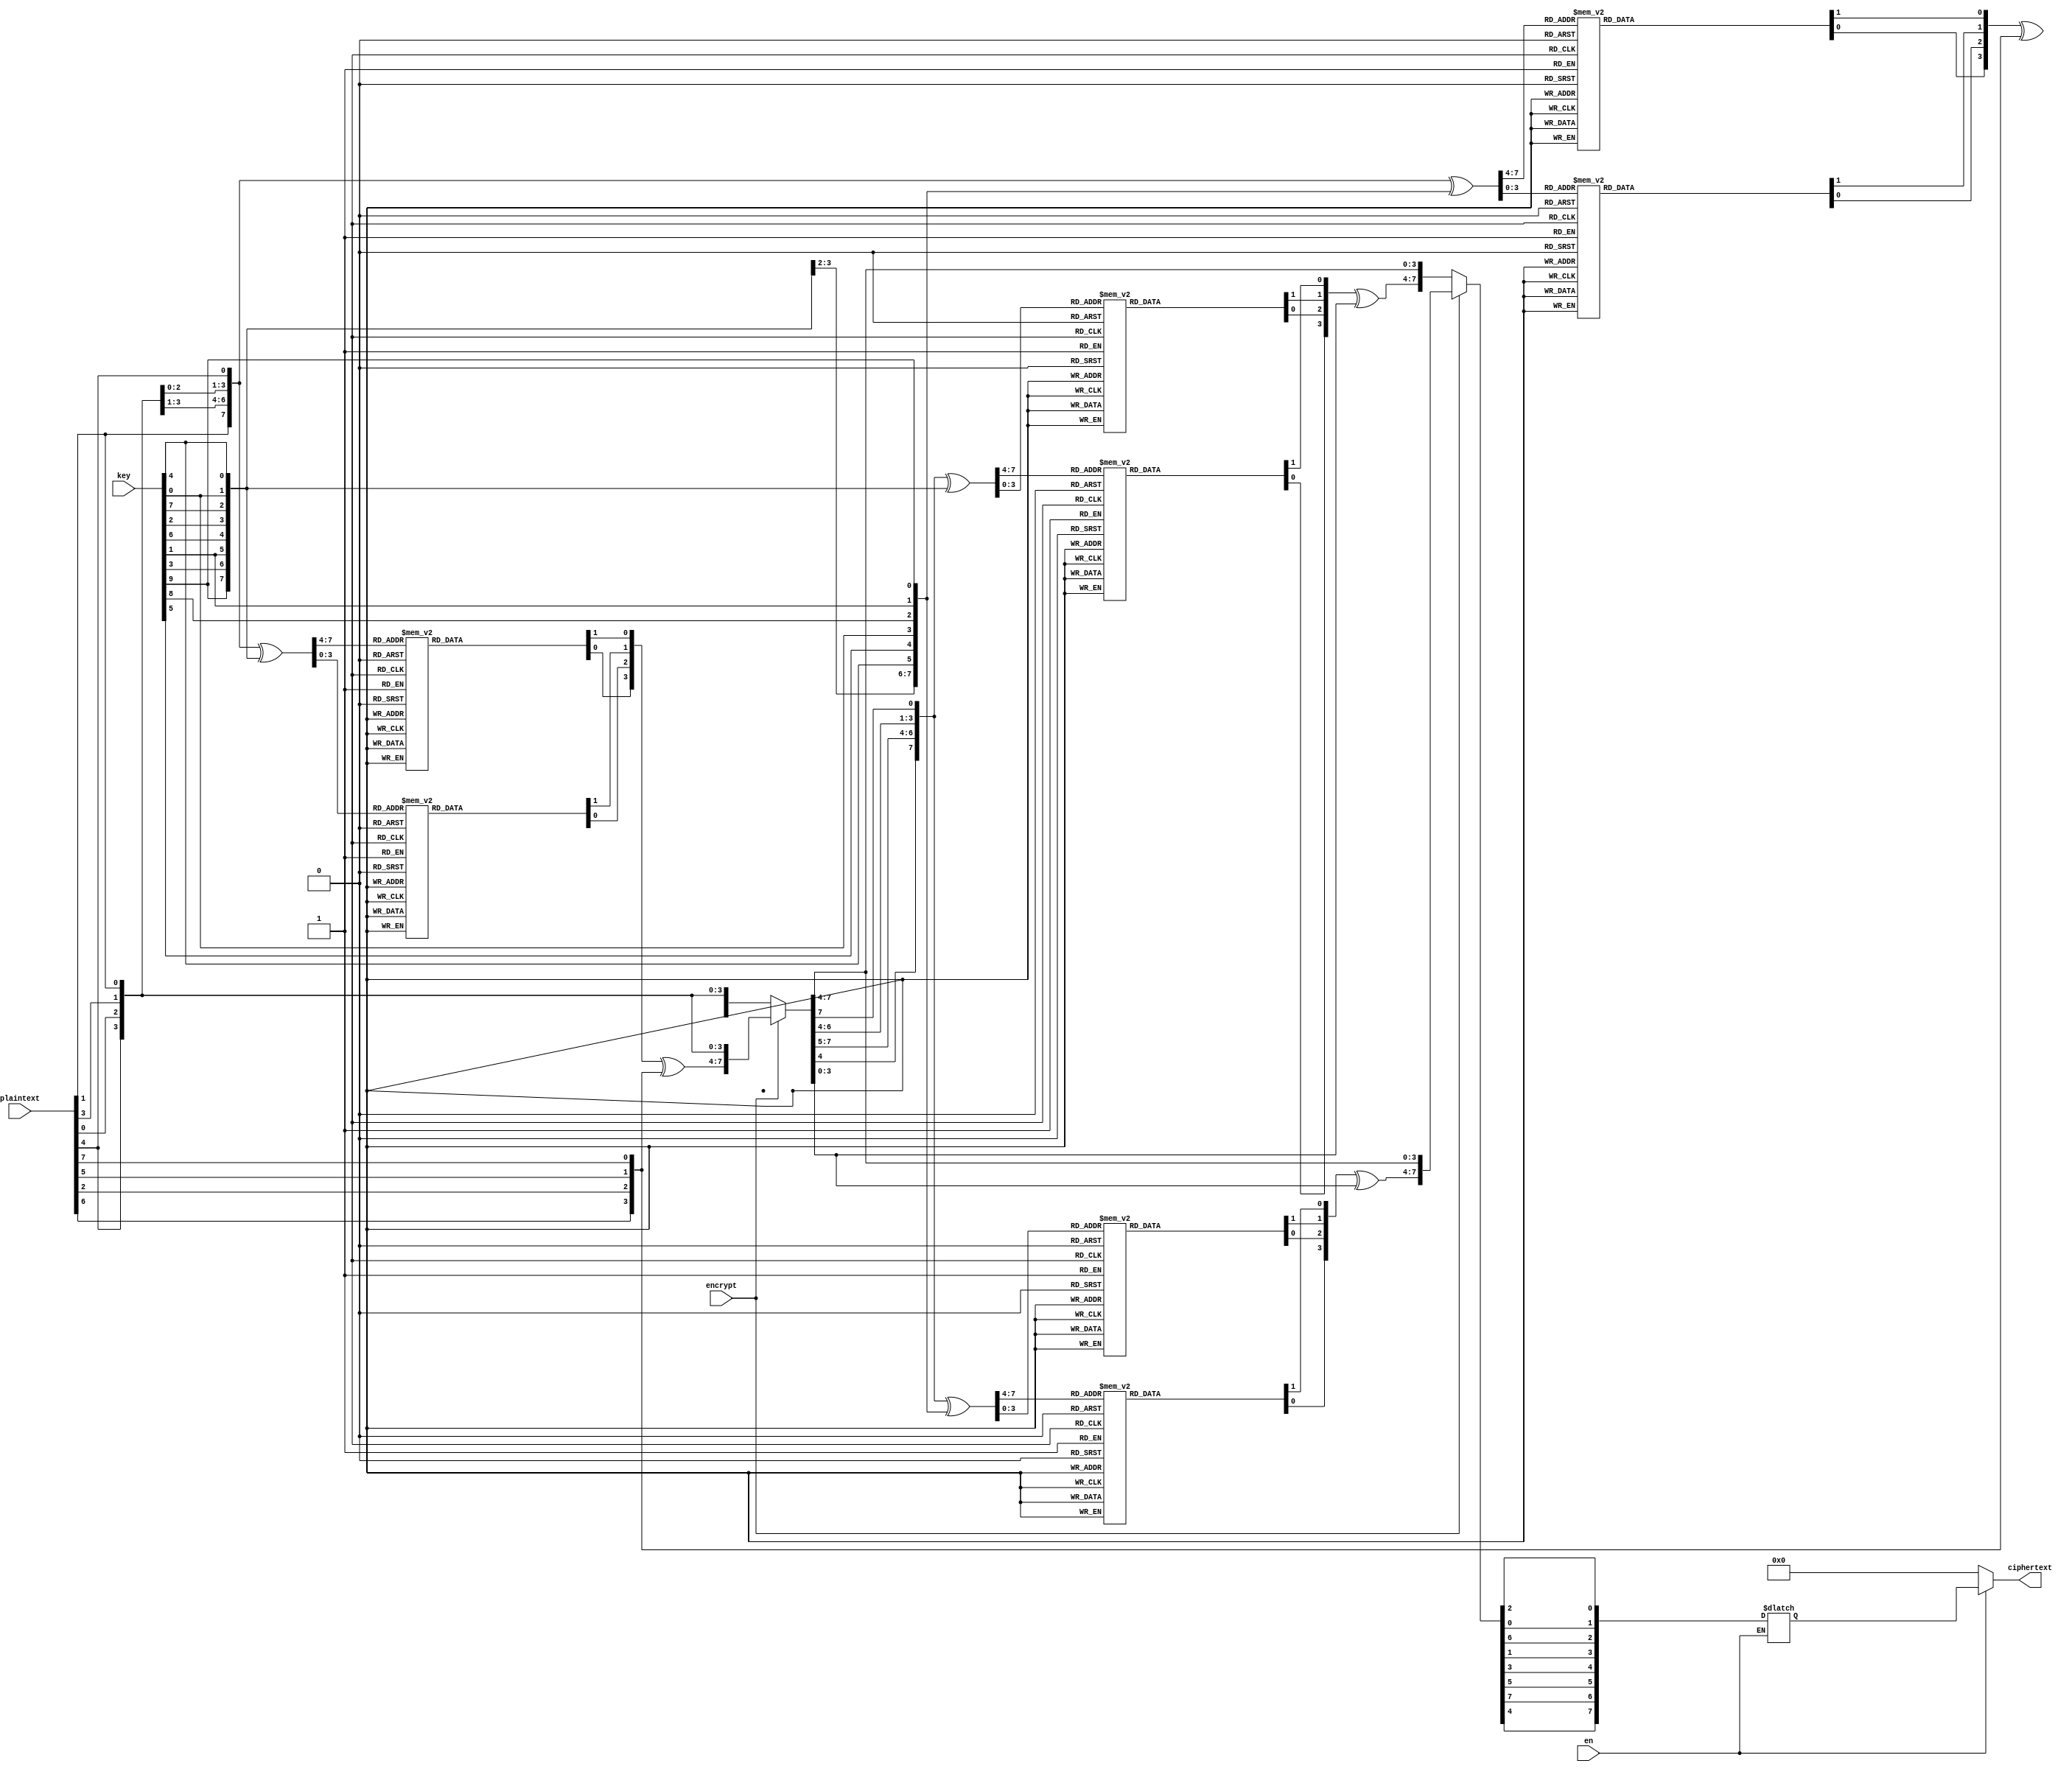
/*
	Simplified Data Encryption Standard (S-DES)
	8-bit 2-round block cipher encryption and decryption algorithm using 10-bit key.
*/


module SDES(input en, input[0:9] key, input[0:7] plaintext, input encrypt, output[0:7] ciphertext);
	reg[0:7] tempB, tempD, IP_out, sw_out, iip_out, feistel_out;
	
	assign ciphertext = (en)?(iip_out):(8'b0);
	
	// Generate Key1 and Key2
	task GenerateKeys;
		input[0:9] Key;
		output[0:7] Key1, Key2;
		
		reg[0:9] p10_out, tempA, tempC;

		begin
			// P10 Permutations
			p10_out = {Key[2], Key[4], Key[1], Key[6], Key[3], Key[9], Key[0], Key[8], Key[7], Key[5]};
		
			// Left Rotation by 1 bit
			tempA = {p10_out[1:4], p10_out[0], p10_out[6:9], p10_out[5]};
		
			// P8 Permutations
			Key1  = {tempA[5], tempA[2], tempA[6], tempA[3], tempA[7], tempA[4], tempA[9], tempA[8]};
		
			// Left Rotation by 3 bits
			tempC = {p10_out[3:4], p10_out[0:2], p10_out[8:9], p10_out[5:7]};
		
			// P8 Permutations
			Key2 = {tempC[5], tempC[2], tempC[6], tempC[3], tempC[7], tempC[4], tempC[9], tempC[8]};
		end
		
	endtask
	
	// Feistel Function
	task Feistel;
	input[0:7] inp_block, key;
	output[0:7] out_block;
	
	reg[0:3] first_chunk, second_chunk, xor_fout, xor_f1, xor_f2, p4_in, p4_out;
	reg[0:7] EP_out, xor_out;
	reg[0:1] s0_out, s1_out;
	
	begin
		first_chunk  = inp_block[0:3];
		second_chunk = inp_block[4:7];
		
		EP_out = {second_chunk[3], second_chunk[0], second_chunk[1], second_chunk[2], second_chunk[1], second_chunk[2], second_chunk[3], second_chunk[0]};
		
		xor_out = EP_out ^ key;
	
		xor_f1 = xor_out[0:3];
		xor_f2 = xor_out[4:7];
		
		S0_Box(xor_f1, s0_out);
		S1_Box(xor_f2, s1_out);
		
		p4_in = {s0_out, s1_out};

		p4_out = {p4_in[1],p4_in[3],p4_in[2],p4_in[0]};
			
		xor_fout = p4_out ^ first_chunk;
		
		out_block = {xor_fout, second_chunk};
	end
	
	endtask
	
	// S0 Box
	task S0_Box;
	input[0:3] inp_bits;
	output[0:1] out_bits;
	
	begin
		case(inp_bits)
			4'b0000: out_bits = 2'b01;
			4'b0001: out_bits = 2'b11;
			4'b0010: out_bits = 2'b00;
			4'b0011: out_bits = 2'b10;
			4'b0100: out_bits = 2'b11;
			4'b0101: out_bits = 2'b01;
			4'b0110: out_bits = 2'b10;
			4'b0111: out_bits = 2'b00;
			4'b1000: out_bits = 2'b00;
			4'b1001: out_bits = 2'b11;
			4'b1010: out_bits = 2'b10;
			4'b1011: out_bits = 2'b01;
			4'b1100: out_bits = 2'b01;
			4'b1101: out_bits = 2'b11;
			4'b1110: out_bits = 2'b11;
			4'b1111: out_bits = 2'b10;
		endcase
	end
	
	endtask

	// S1 Box
	task S1_Box;
	input[0:3] inp_bits;
	output[0:1] out_bits;
	
	begin
		case(inp_bits)
			4'b0000: out_bits = 2'b00;
			4'b0001: out_bits = 2'b10;
			4'b0010: out_bits = 2'b01;
			4'b0011: out_bits = 2'b00;
			4'b0100: out_bits = 2'b10;
			4'b0101: out_bits = 2'b01;
			4'b0110: out_bits = 2'b11;
			4'b0111: out_bits = 2'b11;
			4'b1000: out_bits = 2'b11;
			4'b1001: out_bits = 2'b10;
			4'b1010: out_bits = 2'b00;
			4'b1011: out_bits = 2'b01;
			4'b1100: out_bits = 2'b01;
			4'b1101: out_bits = 2'b00;
			4'b1110: out_bits = 2'b00;
			4'b1111: out_bits = 2'b11;
		endcase
	end
	
	endtask
	
	//always@(plaintext or key or encrypt)
	always@(en)
	begin
		if(en)
		begin
		
		// Generate Key1 and Key2
		GenerateKeys(key, tempB, tempD);
					
		// Initial Permutation
		IP_out = {plaintext[1], plaintext[5], plaintext[2], plaintext[0], plaintext[3], plaintext[7], plaintext[4], plaintext[6]};
		
		// First Round
		if(encrypt)
			Feistel(IP_out, tempB, feistel_out);
		else
			Feistel(IP_out, tempD, feistel_out);
		
		// Swapping 
		sw_out = {feistel_out[4:7], feistel_out[0:3]};
		
		// Second Round
		if(encrypt)
			Feistel(sw_out, tempD, feistel_out);
		else
			Feistel(sw_out, tempB, feistel_out);
		
		// Inverse Initial Permutation
		iip_out = {feistel_out[3], feistel_out[0], feistel_out[2], feistel_out[4], feistel_out[6], feistel_out[1], feistel_out[7], feistel_out[5]};
		end
	end
	
endmodule